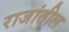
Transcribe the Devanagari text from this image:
राजांतील